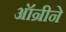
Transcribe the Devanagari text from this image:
ऑन्रीने